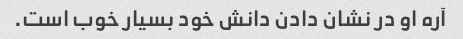
آره او در نشان دادن دانش خود بسیار خوب است.